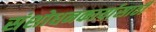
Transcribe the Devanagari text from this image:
संशोधनकार्यासाठी